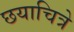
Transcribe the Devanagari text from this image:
छयाचित्रे